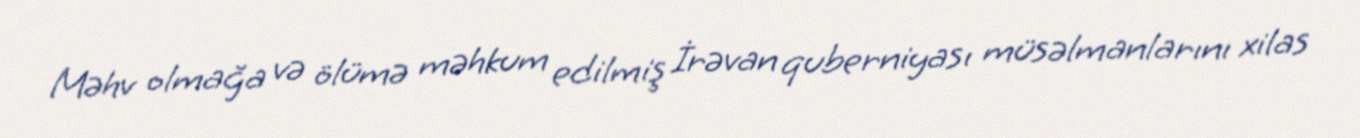
Məhv olmağa və ölümə məhkum edilmiş İrəvan quberniyası müsəlmanlarını xilas